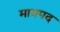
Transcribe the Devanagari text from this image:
मायपद